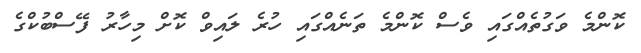
ކޮންމެ ވަގުތެއްގައި ވެސް ކޮންމެ ތަނެއްގައި ހުރެ ލައިވް ކޮށް މިހާރު ފޭސްބުކްގެ